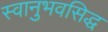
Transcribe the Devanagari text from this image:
स्वानुभवसिद्ध